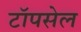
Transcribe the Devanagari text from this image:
टॉपसेल